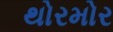
થોરમોર